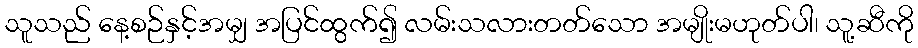
သူသည် နေ့စဉ်နှင့်အမျှ အပြင်ထွက်၍ လမ်းသလားတတ်သော အမျိုးမဟုတ်ပါ၊ သူ့ဆီကို